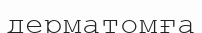
дерматомға